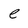
Character: e